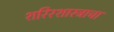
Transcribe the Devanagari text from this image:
शरिरशास्त्राचा